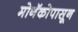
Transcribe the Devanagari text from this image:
मोनॅकोपासून